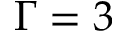
\Gamma = 3